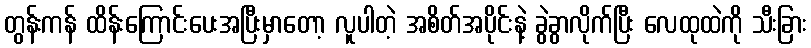
တွန်းကန် ထိန်းကြောင်းပေးအပြီးမှာတော့ လူပါတဲ့ အစိတ်အပိုင်းနဲ့ ခွဲခွာလိုက်ပြီး လေထုထဲကို သီးခြား